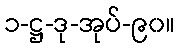
၁-ဋ္ဌ-ဒု-အုပ်-၉၀။